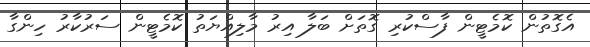
އެގޮތުން ކޮމެޓީން ފާސްކުރި ގޮތަށް ބަލާ އިރު މާލިއްޔަތު ކޮމެޓީން ސަރުކާރު ހިންގާ